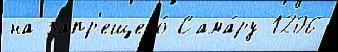
на запр'ещено́ Сама́ру 1206